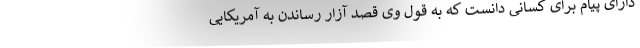
دارای پیام برای کسانی دانست که به قول وی قصد آزار رساندن به آمریکایی